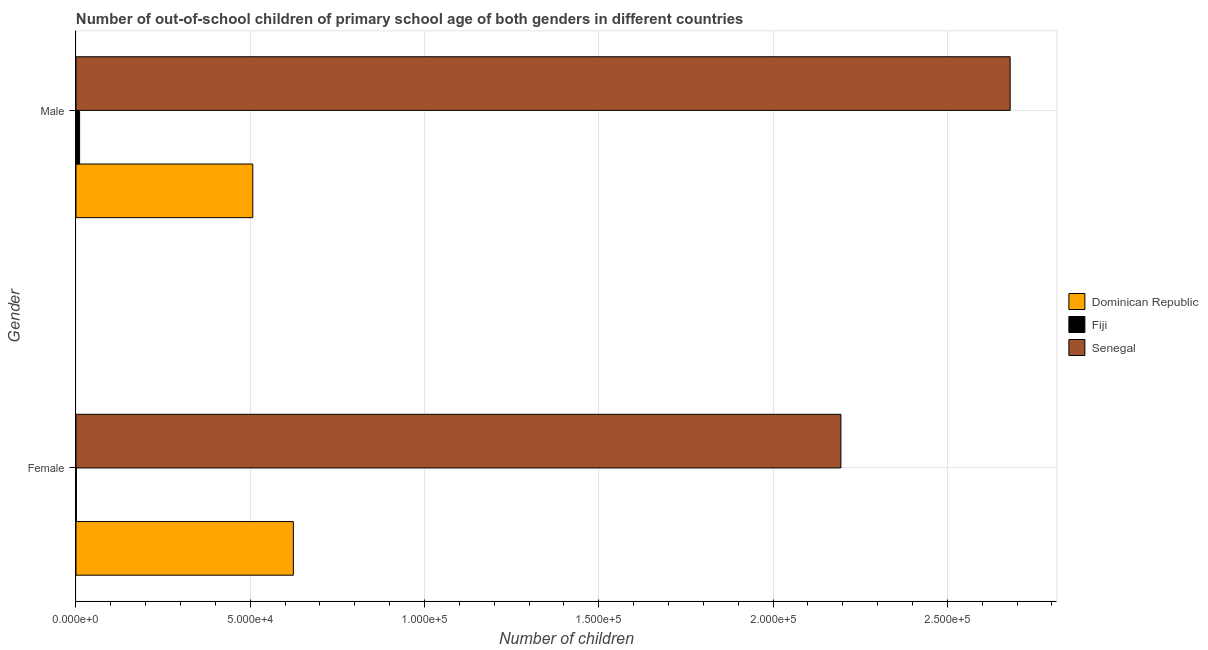
| Gender | Dominican Republic | Fiji | Senegal |
 | --- | --- | --- | --- |
 | Female | 6.24e+04 | 102 | 2.19e+05 |
 | Male | 5.07e+04 | 1.04e+03 | 2.68e+05 |